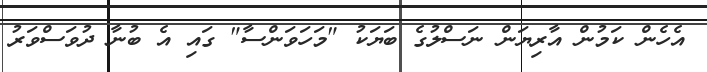
އެހެން ކަމުން އާރިޔަން ނަސްލުގެ ބަޔަކު "މަހަވަންސާ" ގައި އެ ބުނާ ދުވަސްވަރު